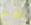
اضع